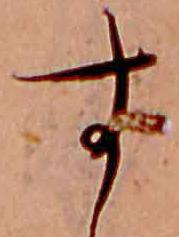
す